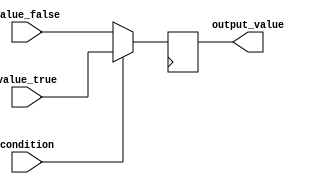
module ConditionalOperatorAssignment (
    input wire condition,  // Condition input (boolean)
    input wire [7:0] value_true,  // Value to assign if condition is true
    input wire [7:0] value_false, // Value to assign if condition is false
    output reg [7:0] output_value // Output reflecting the result of the conditional evaluation
);

// Always block that triggers on the clock edge (synchronous operation)
always @(posedge clk) begin
    // Conditional assignment using the ternary operator
    output_value <= (condition) ? value_true : value_false;
end

endmodule